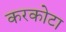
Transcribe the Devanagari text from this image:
करकोटा